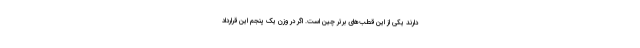
دارند یکی از این قطب‌های برتر چین است. اگر در وزن یک پنجم این قرارداد